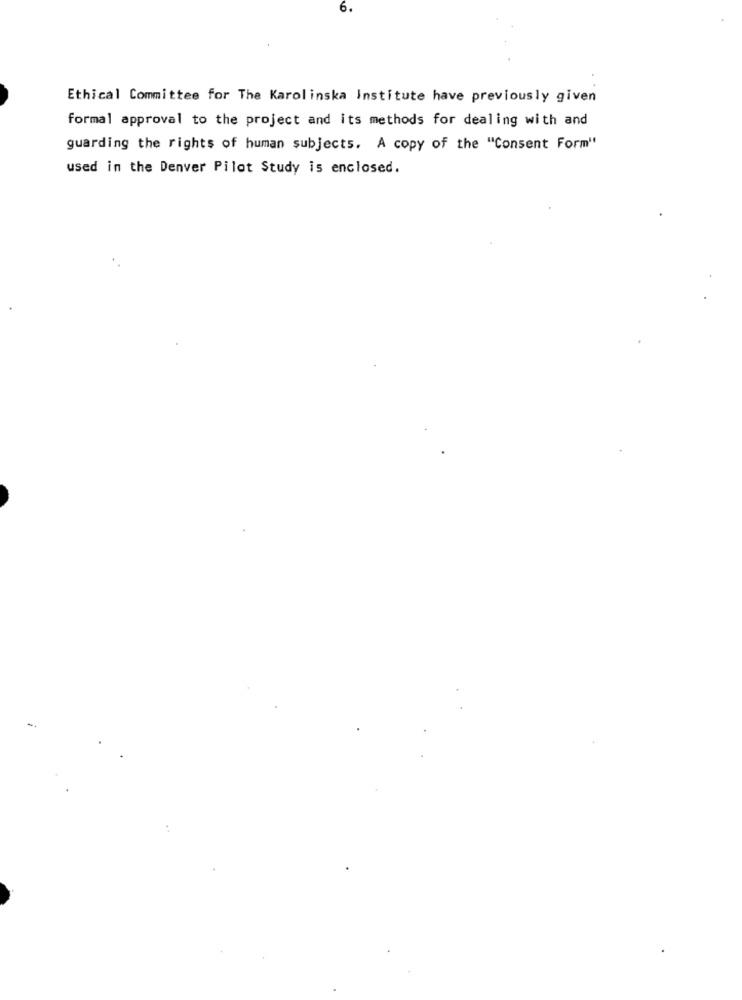
6.
Ethical Committee for The Karolinska Institute have previously given
formal approval to the project and its methods for dealing with and
guarding the rights of human subjects. A copy of the "Consent Form"
used in the Denver Pilot Study is enclosed.